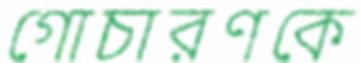
গোচারণকে